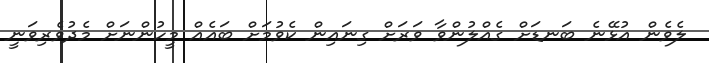
ލެވެން އުޅޭނެ ބަނޑަށް ގެއްލުންވާ ވަރަށް ގިނައިން ކެވުމަށް ބައެއް މީހުންނަށް މެދުވެރިވަނީ